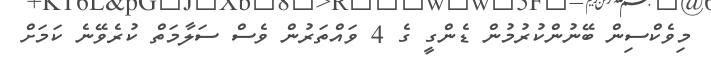
މިވެކްސިން ބޭނުންކުރުމުން ޑެންގީ ގެ 4 ވައްތަރުން ވެސް ސަލާމަތް ކުރެވޭނެ ކަމަށް